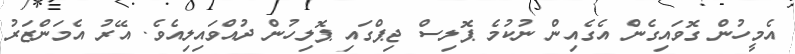
އެމީހުން ގޮވައިގެން އެގެއިން ނުކުމެ ޕޮލިސް ޖިޕްގައި ޕޮލިހުން ދުއްވައިލިއެވެ. އޭރު އެމަންޒަރު